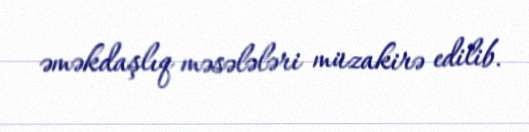
əməkdaşlıq məsələləri müzakirə edilib.